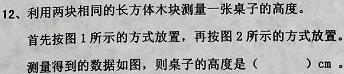
12、利用两块相同的长方体木块测量一张桌子的高度。
首先按图1所示的方式放置，再按图2所示的方式放置。
测量得到的数据如图，则桌子的高度是（  ）cm。